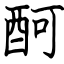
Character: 酠